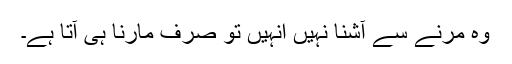
وہ مرنے سے آشنا نہیں انہیں تو صرف مارنا ہی آتا ہے۔